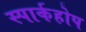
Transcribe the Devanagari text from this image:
स्पार्कहोप